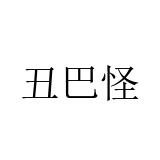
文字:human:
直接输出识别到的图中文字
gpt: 丑巴怪